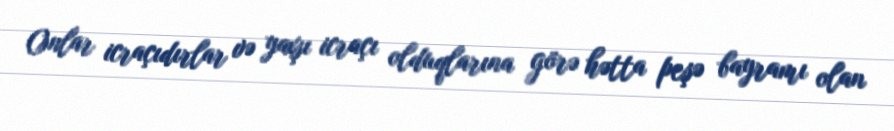
Onlar icraçıdırlar və yaxşı icraçı olduqlarına görə hətta peşə bayramı olan